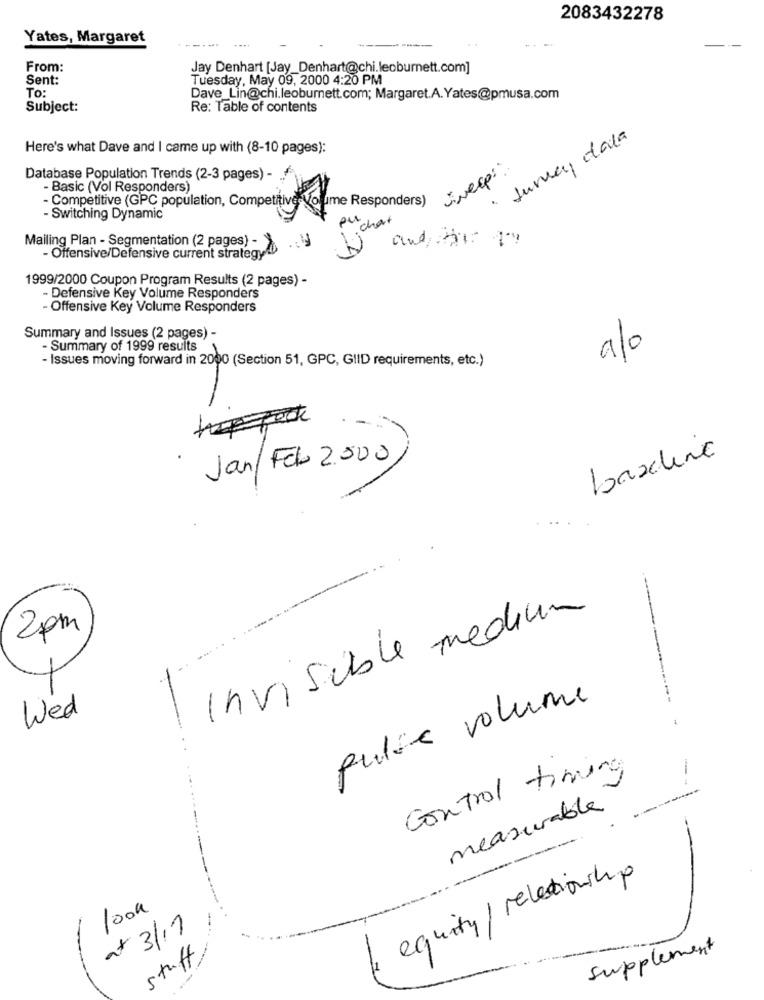
2083432278
Yates, Margaret
-- -
From:
Jay Denhart [Jay_Denhart@chi.leoburnett.com]
Sent:
Tuesday, May 09, 2000 4:20 PM
To:
Dave_Lin@chi.leoburnett.com; Margaret.A. Yates@pmusa.com
Subject:
Re: Table of contents
Jurrey data
Here's what Dave and I came up with (8-10 pages):
sweep:
Database Population Trends (2-3 pages) -
- Basic (Vol Responders)
- Competitive (GPC population, Competitive volume Responders)
- Switching Dynamic
ou
chart
Mailing Plan - Segmentation (2 pages) -
and the
- Offensive/Defensive current strategy
1999/2000 Coupon Program Results (2 pages) -
- Defensive Key Volume Responders
- Offensive Key Volume Responders
Summary and Issues (2 pages) -
- Summary of 1999 results
alo
- Issues moving forward in 2000 (Section 51, GPC, GIID requirements, etc.)
8
Jan/ Feb 2.500
baseline
Invisible medium
2pm
pulse volume
Wed
Control timing
measurable
1 equity/ relationship
1000
a+ 3/11
supplement
stuff